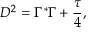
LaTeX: D ^ { 2 } = \Gamma ^ { * } \Gamma + { \frac { \tau } { 4 } } ,